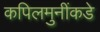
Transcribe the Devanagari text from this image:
कपिलमुनींकडे